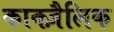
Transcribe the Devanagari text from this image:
काक्ज़ैलिक